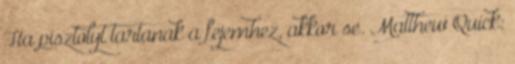
Ha pisztolyt tartanak a fejemhez, akkor se. Matthew Quick: